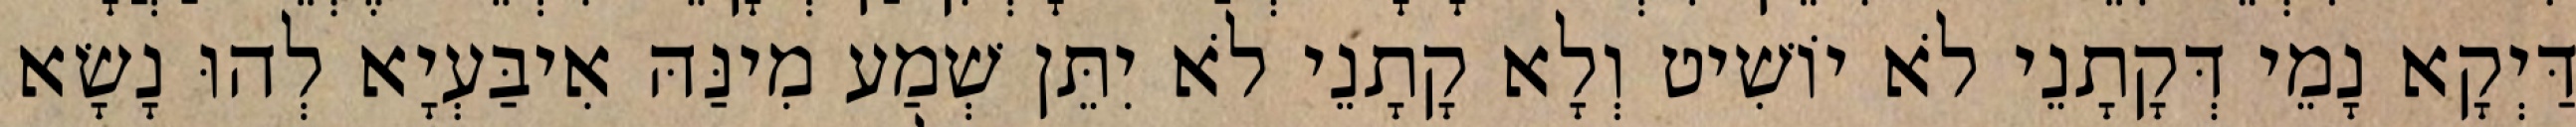
דַּיְקָא נָמֵי דְּקָתָנֵי לֹא יוֹשִׁיט וְלָא קָתָנֵי לֹא יִתֵּן שְׁמַע מִינַּהּ אִיבַּעְיָא לְהוּ נָשָׂא